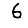
Digit: 6